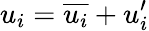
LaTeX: u_{i}=\overline{{u_{i}}}+u_{i}^{\prime}